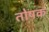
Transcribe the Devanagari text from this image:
तोषक